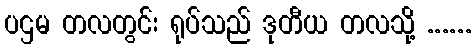
ပဌမ တလတွင်း ရုပ်သည် ဒုတီယ တလသို့ ......